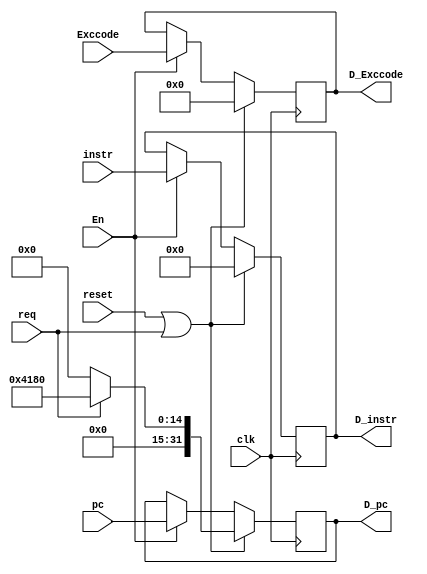
module D_reg (
    input [31:0] pc,
    output [31:0] D_pc,
    input [31:0] instr,
    output [31:0] D_instr, 
    input [4:0] Exccode,
    output [4:0] D_Exccode,
    input En,
    input clk,
    input req,
	input reset
);
    reg [31:0] reg_D_pc ;
    reg [31:0] reg_D_instr ;
    reg [4:0] reg_D_Exccode ;
    always @(posedge clk) begin
		  if (reset || req) begin
				reg_D_pc <= (req)? 32'h4180 : 0 ;
				reg_D_instr <= 0 ;
                reg_D_Exccode <= 0 ;
		  end		  
        else if (En == 1) begin
            reg_D_pc <= pc ;
            reg_D_instr <= instr ;
            reg_D_Exccode <= Exccode ;
        end  
    end
    assign D_pc = reg_D_pc ;
    assign D_instr = reg_D_instr ;
    assign D_Exccode = reg_D_Exccode ;
endmodule